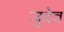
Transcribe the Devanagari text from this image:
जुदेव